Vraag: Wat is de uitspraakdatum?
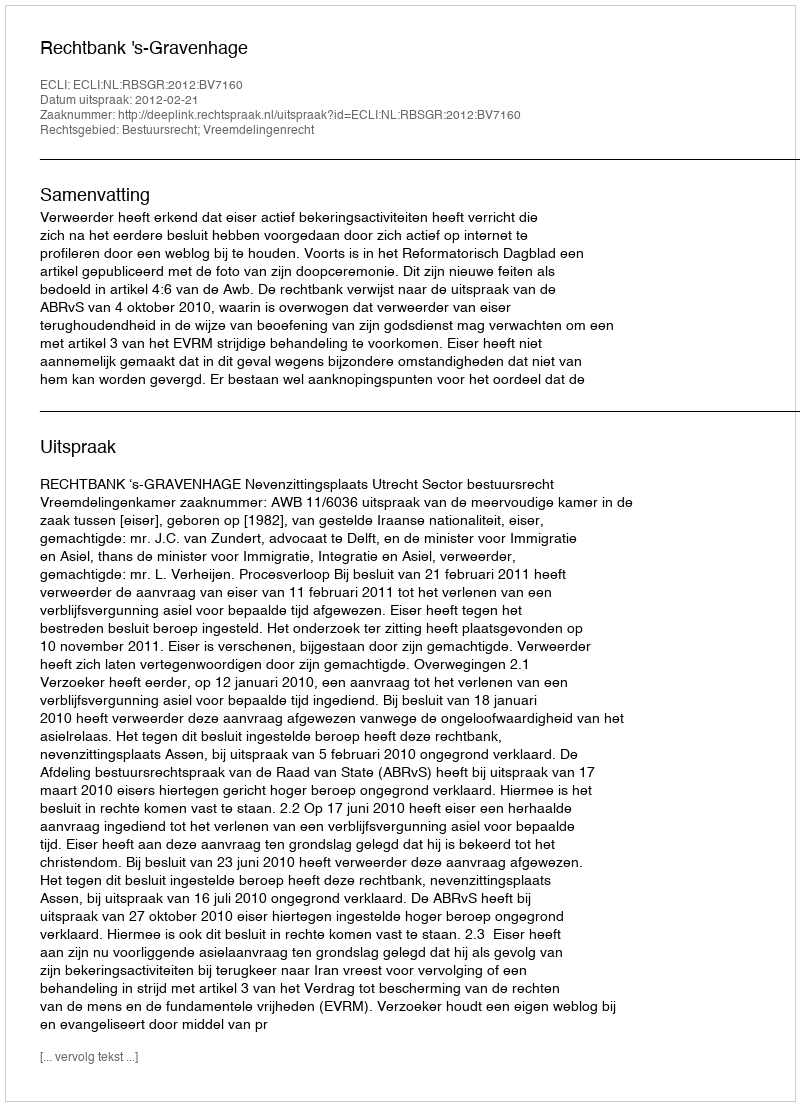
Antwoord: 2012-02-21